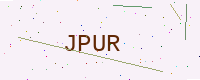
Text: JPUR